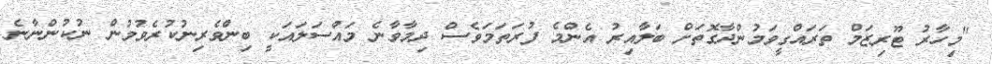
"މިހާރު ޓޫރިޒަމް ތަރައްގީވަމުންދާގޮތަށް ބަލާއިރު އެންމެ ފުރަތަމަވެސް ދިމާވާނެ މައްސަލައަކީ ބިންވެރިނުކުރެވުމުން ނުކުންނާނެ